65_HS1-834228961_62-HQ-83894_Section_7
Agency: FBI
Page 84
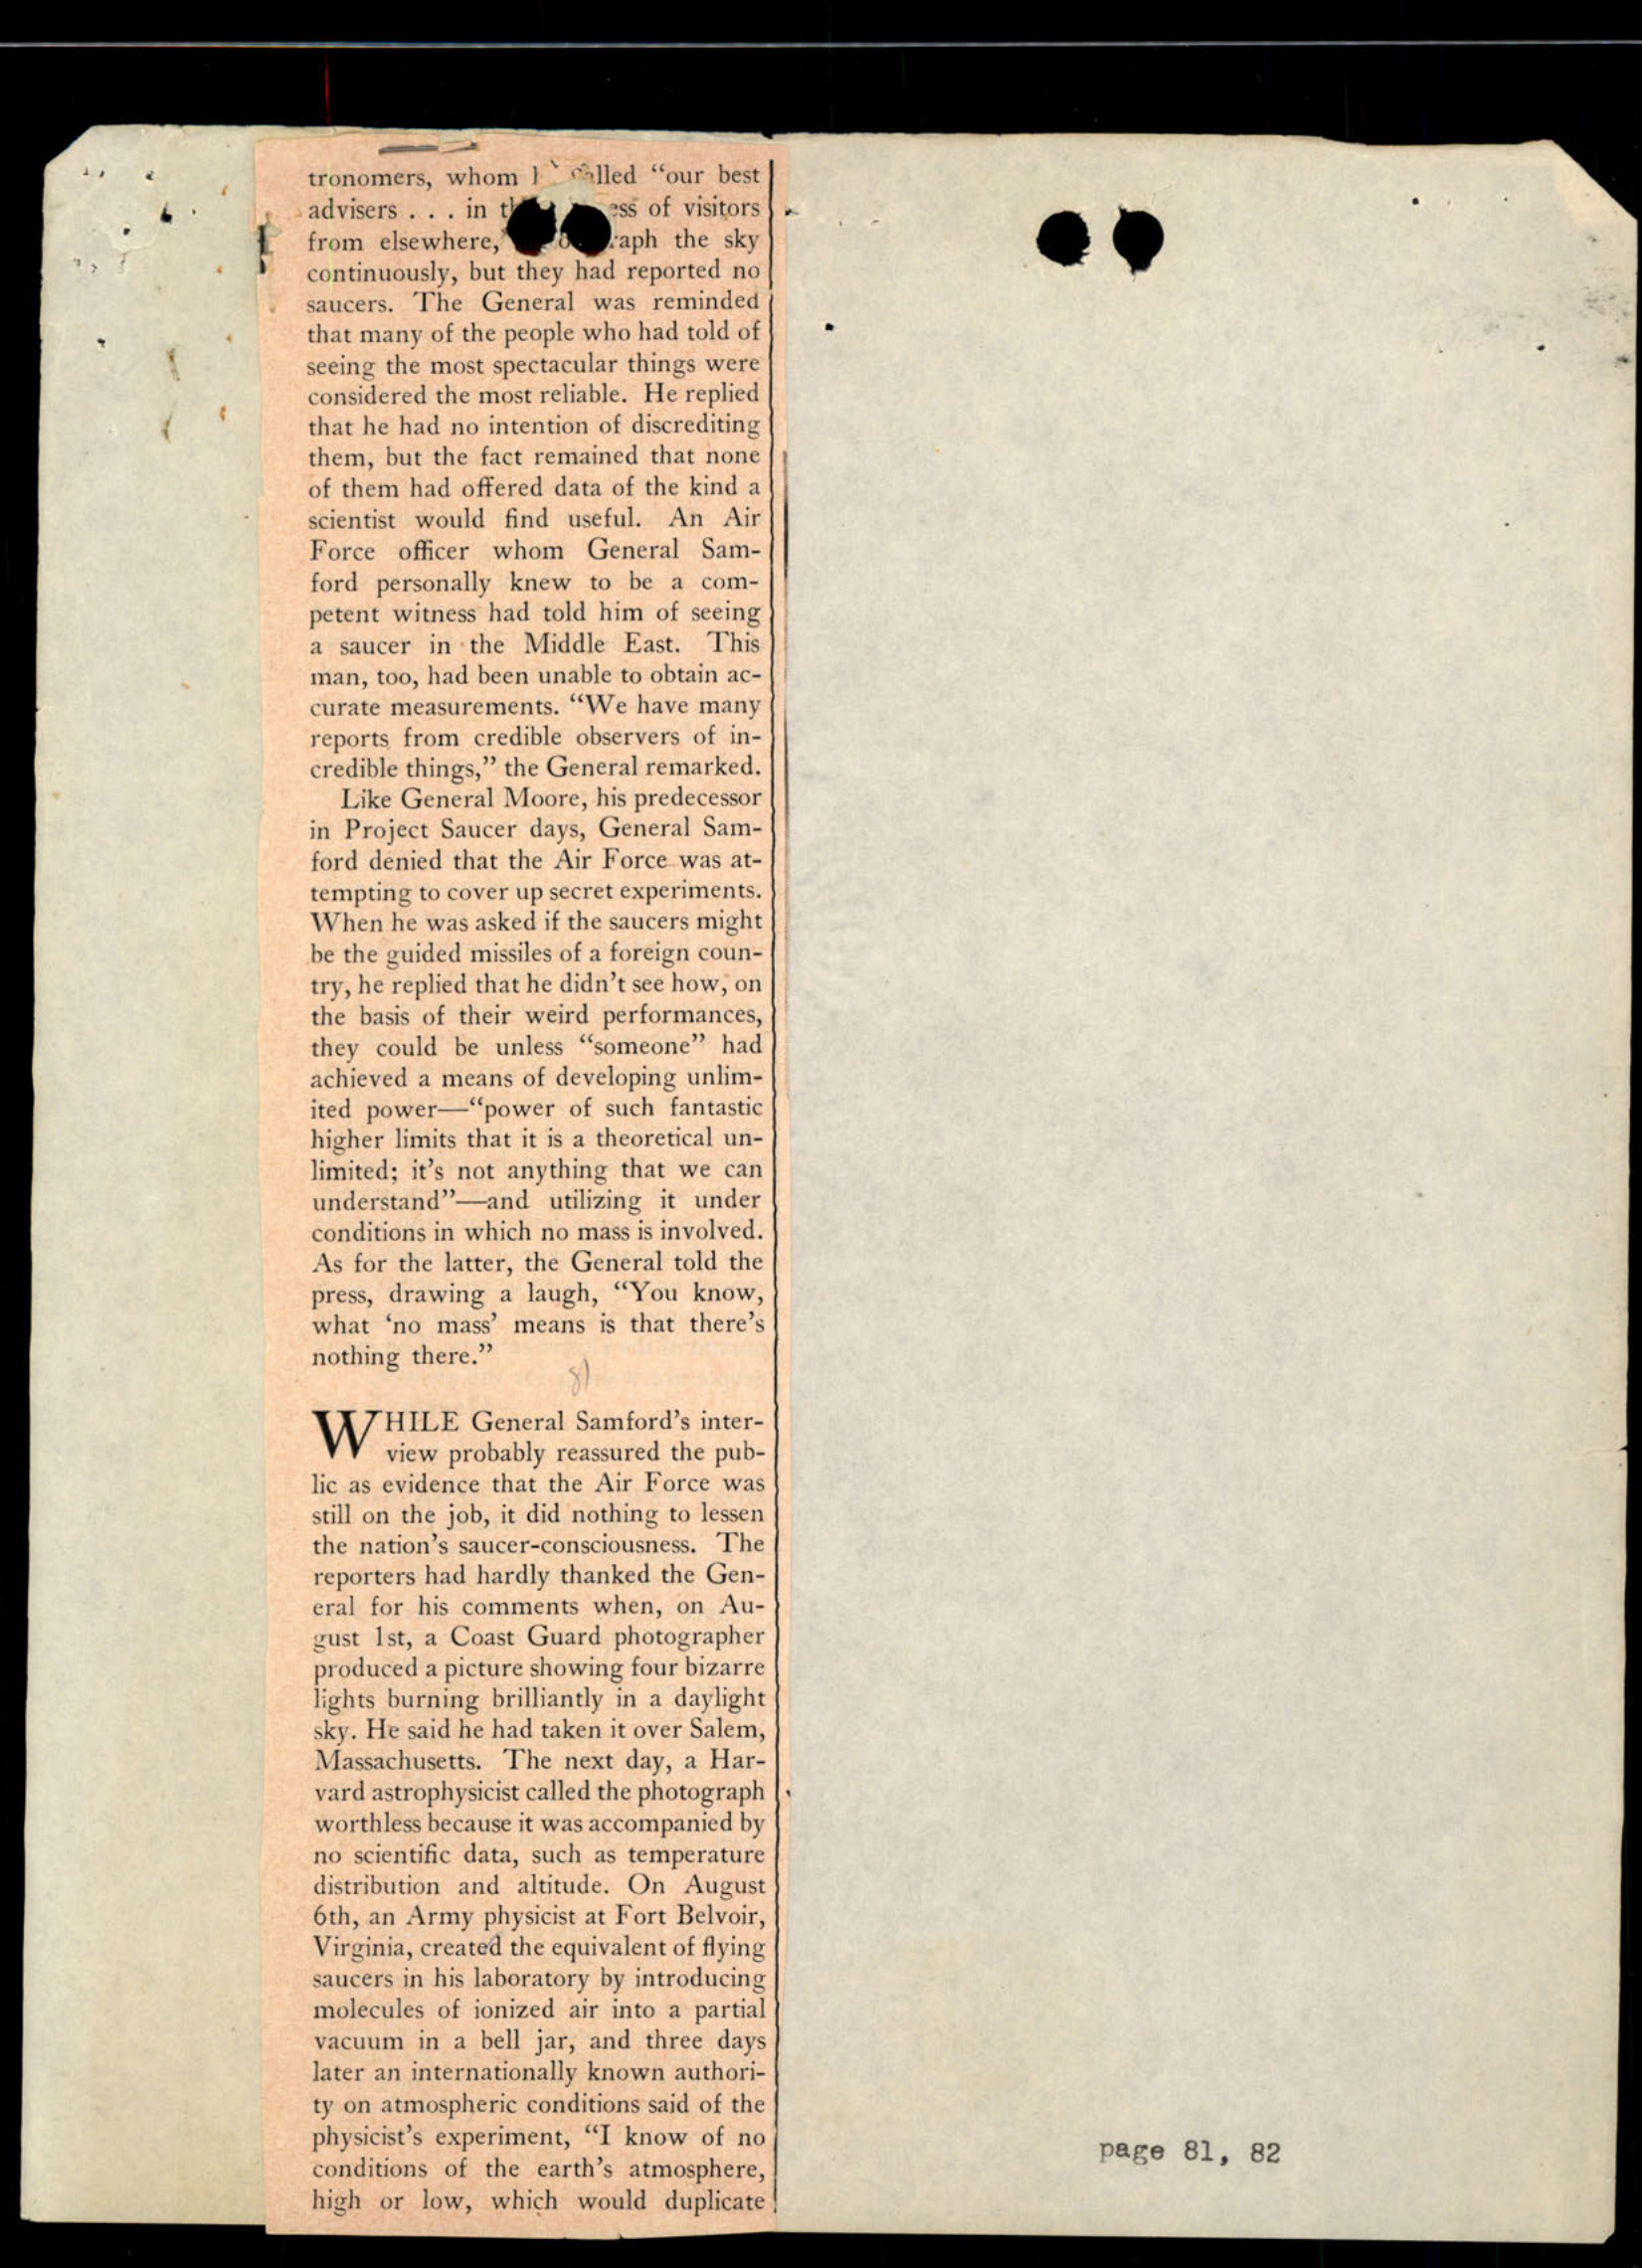